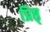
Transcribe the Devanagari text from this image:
प्रिष्ठ्